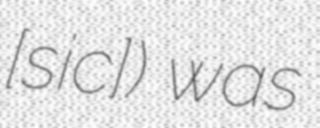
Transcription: [sic]) was